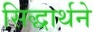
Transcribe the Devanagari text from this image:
सिद्धार्थने